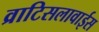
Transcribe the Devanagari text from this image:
व्राटिसलावाईस